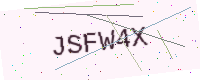
Text: JSFW4X